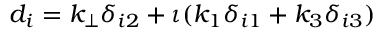
d _ { i } = k _ { \perp } \delta _ { i 2 } + \iota ( k _ { 1 } \delta _ { i 1 } + k _ { 3 } \delta _ { i 3 } )